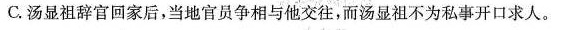
C.汤显祖辞官回家后，当地官员争相与他交往，而汤显祖不为私事开口求人。